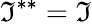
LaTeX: {\mathfrak{I}}^{**}={\mathfrak{I}}